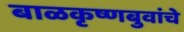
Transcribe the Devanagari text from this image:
बाळकृष्णबुवांचे